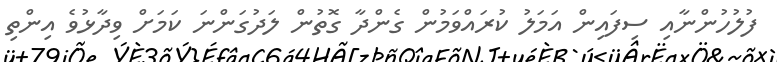
ފުލުހުންނާއި ސިފައިން އަމަލު ކުރައްވަމުން ގެންދާ ގޮތުން ލަދުގަންނަ ކަމަށް ވިދާޅުވެ އިންތި